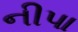
નીપા